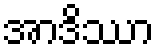
အာဒိဿာ